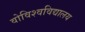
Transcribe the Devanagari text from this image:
वोविश्वविद्यालय